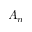
A _ { n }